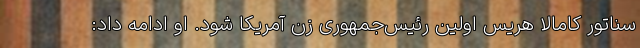
سناتور کامالا هریس اولین رئیس‌جمهوری زن آمریکا شود. او ادامه داد: